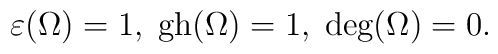
\varepsilon(\Omega)=1,\;\hbox{gh}(\Omega)=1,\;\hbox{deg}(\Omega)=0.